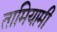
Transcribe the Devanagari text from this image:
तामियामी